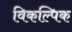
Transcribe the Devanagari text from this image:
विकल्पिक